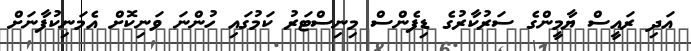
އަދި ރައީސް ޔާމީންގެ ސަރުކާރުގެ ޑިފެންސް މިނިސްޓަރު ކަމުގައި ހުންނަ ވަނިކޮށް އެމަނިކުފާނަށް